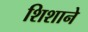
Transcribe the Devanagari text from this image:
शिशाने